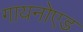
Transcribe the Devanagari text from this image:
गायनोएड